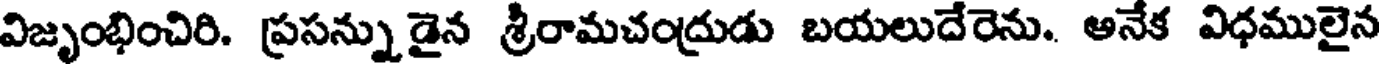
విజృంభించిరి. ప్రసన్నుడైన శ్రీరామచంద్రుడు బయలుదేరెను. అనేక విధములైన